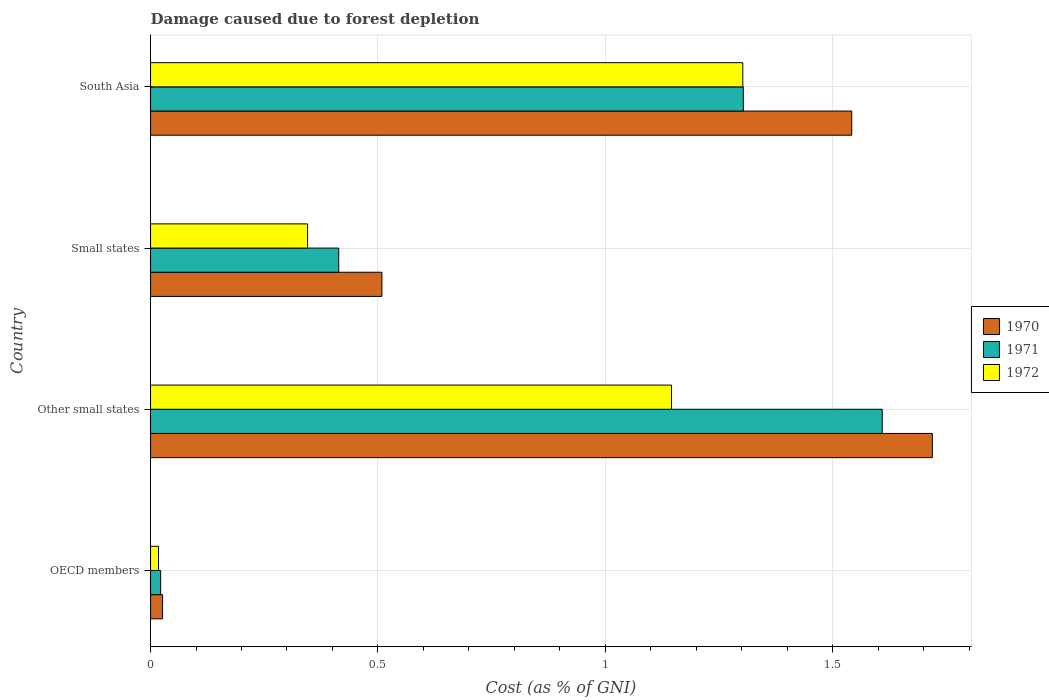
| Country | 1970 | 1971 | 1972 |
 | --- | --- | --- | --- |
 | OECD members | 0.0265 | 0.0222 | 0.0176 |
 | Other small states | 1.72 | 1.61 | 1.15 |
 | Small states | 0.509 | 0.414 | 0.345 |
 | South Asia | 1.54 | 1.3 | 1.3 |